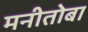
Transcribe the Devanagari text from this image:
मनीतोबा